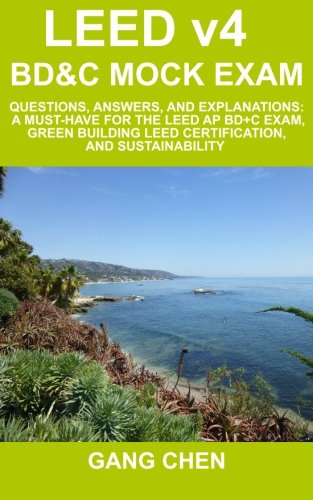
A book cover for LEED v4 BD&C Mock Exam: Questions, answers, and explanations: A must-have for the LEED AP BD+C Exam, green building LEED certification, and sustainability (LEED Exam Guide Series) (Volume 3); Gang Chen; Crafts, Hobbies & Home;